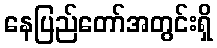
နေပြည်တော်အတွင်းရှိ